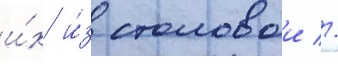
и́х и́з столовои //